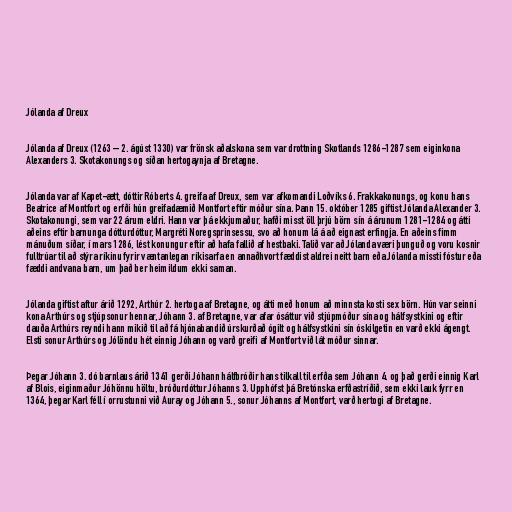
Jólanda af Dreux

Jólanda af Dreux (1263 – 2. ágúst 1330) var frönsk aðalskona sem var drottning Skotlands 1286-1287 sem eiginkona
Alexanders 3. Skotakonungs og síðan hertogaynja af Bretagne.

Jólanda var af Kapet-ætt, dóttir Róberts 4. greifa af Dreux, sem var afkomandi Loðvíks 6. Frakkakonungs, og konu hans
Beatrice af Montfort og erfði hún greifadæmið Montfort eftir móður sína. Þann 15. október 1285 giftist Jólanda Alexander 3.
Skotakonungi, sem var 22 árum eldri. Hann var þá ekkjumaður, hafði misst öll þrjú börn sín á árunum 1281-1284 og átti
aðeins eftir barnunga dótturdóttur, Margréti Noregsprinsessu, svo að honum lá á að eignast erfingja. En aðeins fimm
mánuðum síðar, í mars 1286, lést konungur eftir að hafa fallið af hestbaki. Talið var að Jólanda væri þunguð og voru kosnir
fulltrúar til að stýra ríkinu fyrir væntanlegan ríkisarfa en annaðhvort fæddist aldrei neitt barn eða Jólanda missti fóstur eða
fæddi andvana barn, um það ber heimildum ekki saman.

Jólanda giftist aftur árið 1292, Arthúr 2. hertoga af Bretagne, og átti með honum að minnsta kosti sex börn. Hún var seinni
kona Arthúrs og stjúpsonur hennar, Jóhann 3. af Bretagne, var afar ósáttur við stjúpmóður sína og hálfsystkini og eftir
dauða Arthúrs reyndi hann mikið til að fá hjónabandið úrskurðað ógilt og hálfsystkini sín óskilgetin en varð ekki ágengt.
Elsti sonur Arthúrs og Jólöndu hét einnig Jóhann og varð greifi af Montfort við lát móður sinnar.

Þegar Jóhann 3. dó barnlaus árið 1341 gerði Jóhann hálfbróðir hans tilkall til erfða sem Jóhann 4. og það gerði einnig Karl
af Blois, eiginmaður Jóhönnu höltu, bróðurdóttur Jóhanns 3. Upphófst þá Bretónska erfðastríðið, sem ekki lauk fyrr en
1364, þegar Karl féll í orrustunni við Auray og Jóhann 5., sonur Jóhanns af Montfort, varð hertogi af Bretagne.